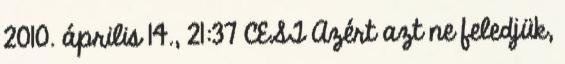
2010. április 14., 21:37 CEST Azért azt ne feledjük,